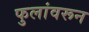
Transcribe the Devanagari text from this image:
फुलांवरून